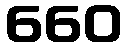
660